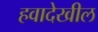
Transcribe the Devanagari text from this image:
हवादेखील